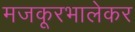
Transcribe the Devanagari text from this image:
मजकूरभालेकर